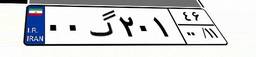
۰۰گ۲۰۱۴۶